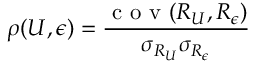
\rho ( U , \epsilon ) = \frac { \mathrm { ~ c ~ o ~ v ~ } ( R _ { U } , R _ { \epsilon } ) } { \sigma _ { R _ { U } } \sigma _ { R _ { \epsilon } } }